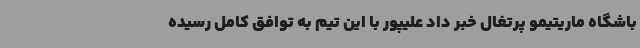
باشگاه ماریتیمو پرتغال خبر داد علیپور با این تیم به توافق کامل رسیده